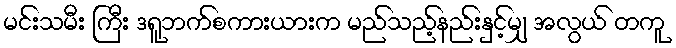
မင်းသမီး ကြီး ဒရူဘက်စကားယားက မည်သည့်နည်းနှင့်မျှ အလွယ် တကူ